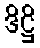
ဒိဋ္ဌိ